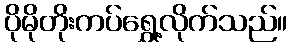
ပိုမိုတိုးကပ်ရွှေ့လိုက်သည်။